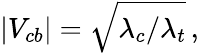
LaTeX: |V_{cb}|=\sqrt{\lambda_{c}/\lambda_{t}}\, ,